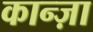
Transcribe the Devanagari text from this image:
कान्ज़ा